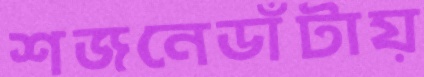
শজনেডাঁটায়